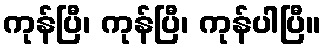
ကုန်ပြီ၊ ကုန်ပြီ၊ ကုန်ပါပြီ။